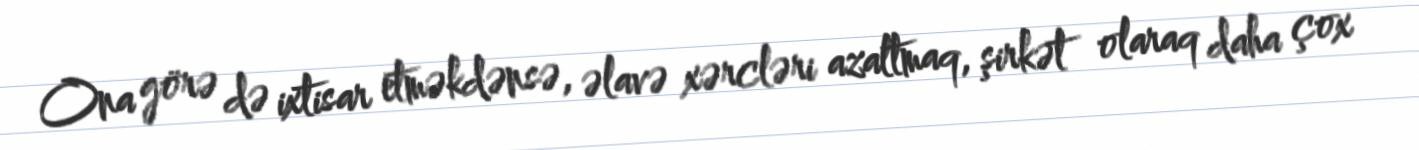
Ona görə də ixtisar etməkdənsə, əlavə xərcləri azaltmaq, şirkət olaraq daha çox